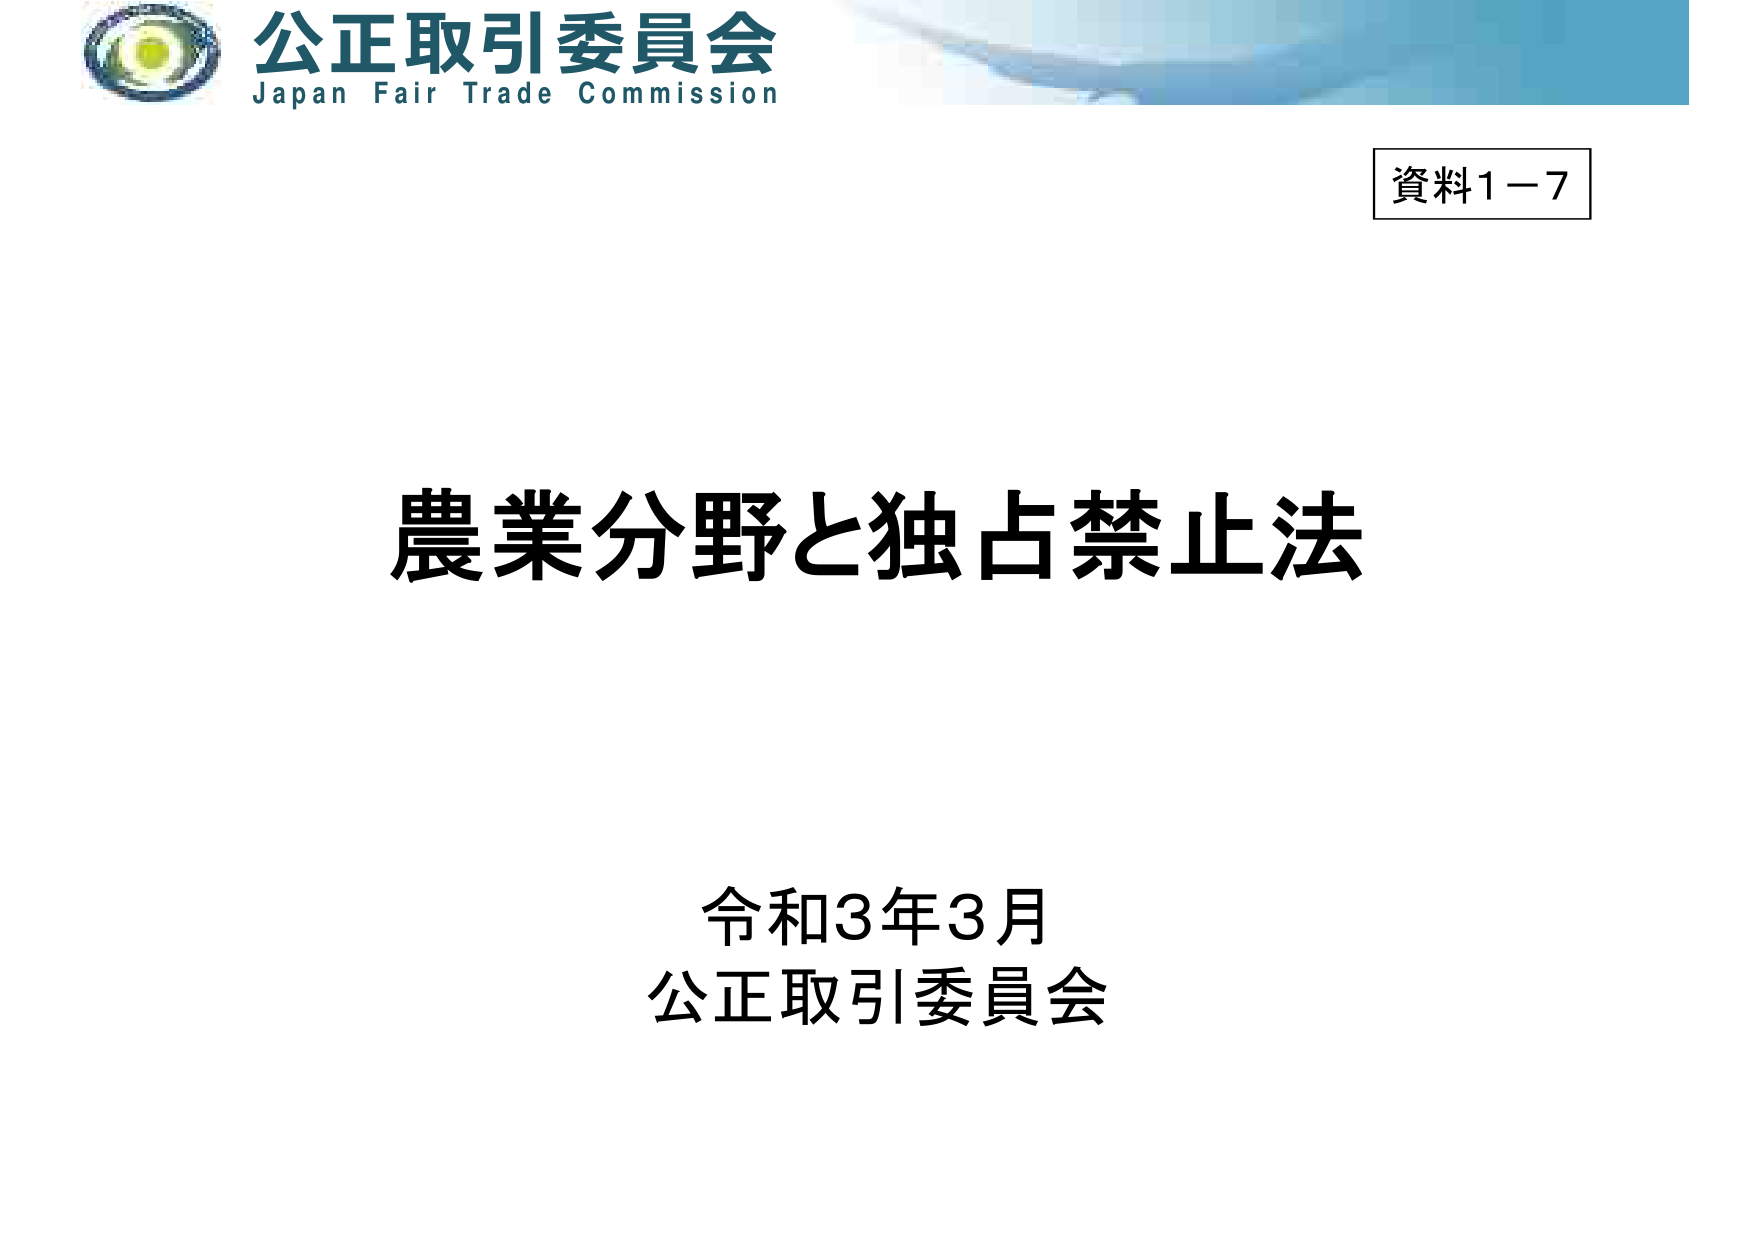
公正取引委員会
Japan Fair Trade Commission
資料1－7
農業分野と独占禁止法
令和3年3月
公正取引委員会